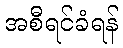
အစီရင်ခံရန်